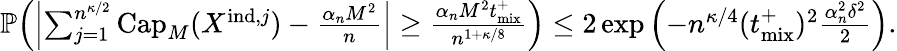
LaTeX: \begin{array}{r}{\mathbb{P}\! \left(\left|\sum_{j=1}^{n^{\kappa/2}}\mathrm{Cap}_{M}(X^{\mathrm{ind},j})-\frac{\alpha_{n}M^{2}}{n}\right|\geq\frac{\alpha_{n}M^{2}{t_{\mathrm{mix}}^{+}}}{n^{1+\kappa/8}}\right)\leq 2\exp\left(-n^{\kappa/4}({t_{\mathrm{mix}}^{+}})^{2}\frac{\alpha_{n}^{2}\delta^{2}}{2}\right).}\end{array}